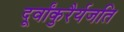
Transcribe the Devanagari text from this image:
दूर्वांकुरैर्यजति